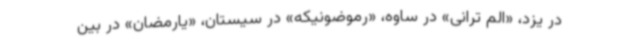
در یزد، «الم ترانی» در ساوه، «رموضونیکه» در سیستان، «یارمضان» در بین